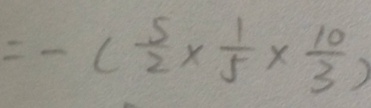
= - ( \frac { 5 } { 2 } \times \frac { 1 } { 5 } \times \frac { 1 0 } { 3 } )